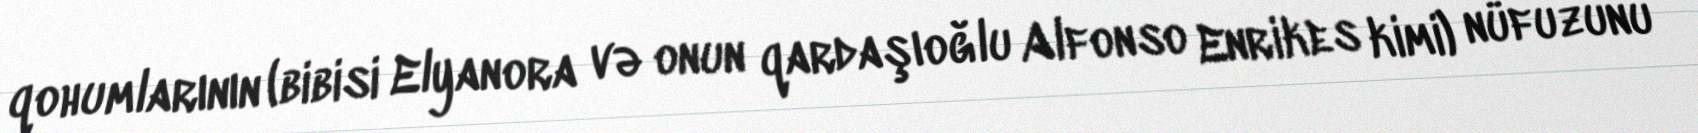
qohumlarının (bibisi Elyanora və onun qardaşıoğlu Alfonso Enrikes kimi) nüfuzunu